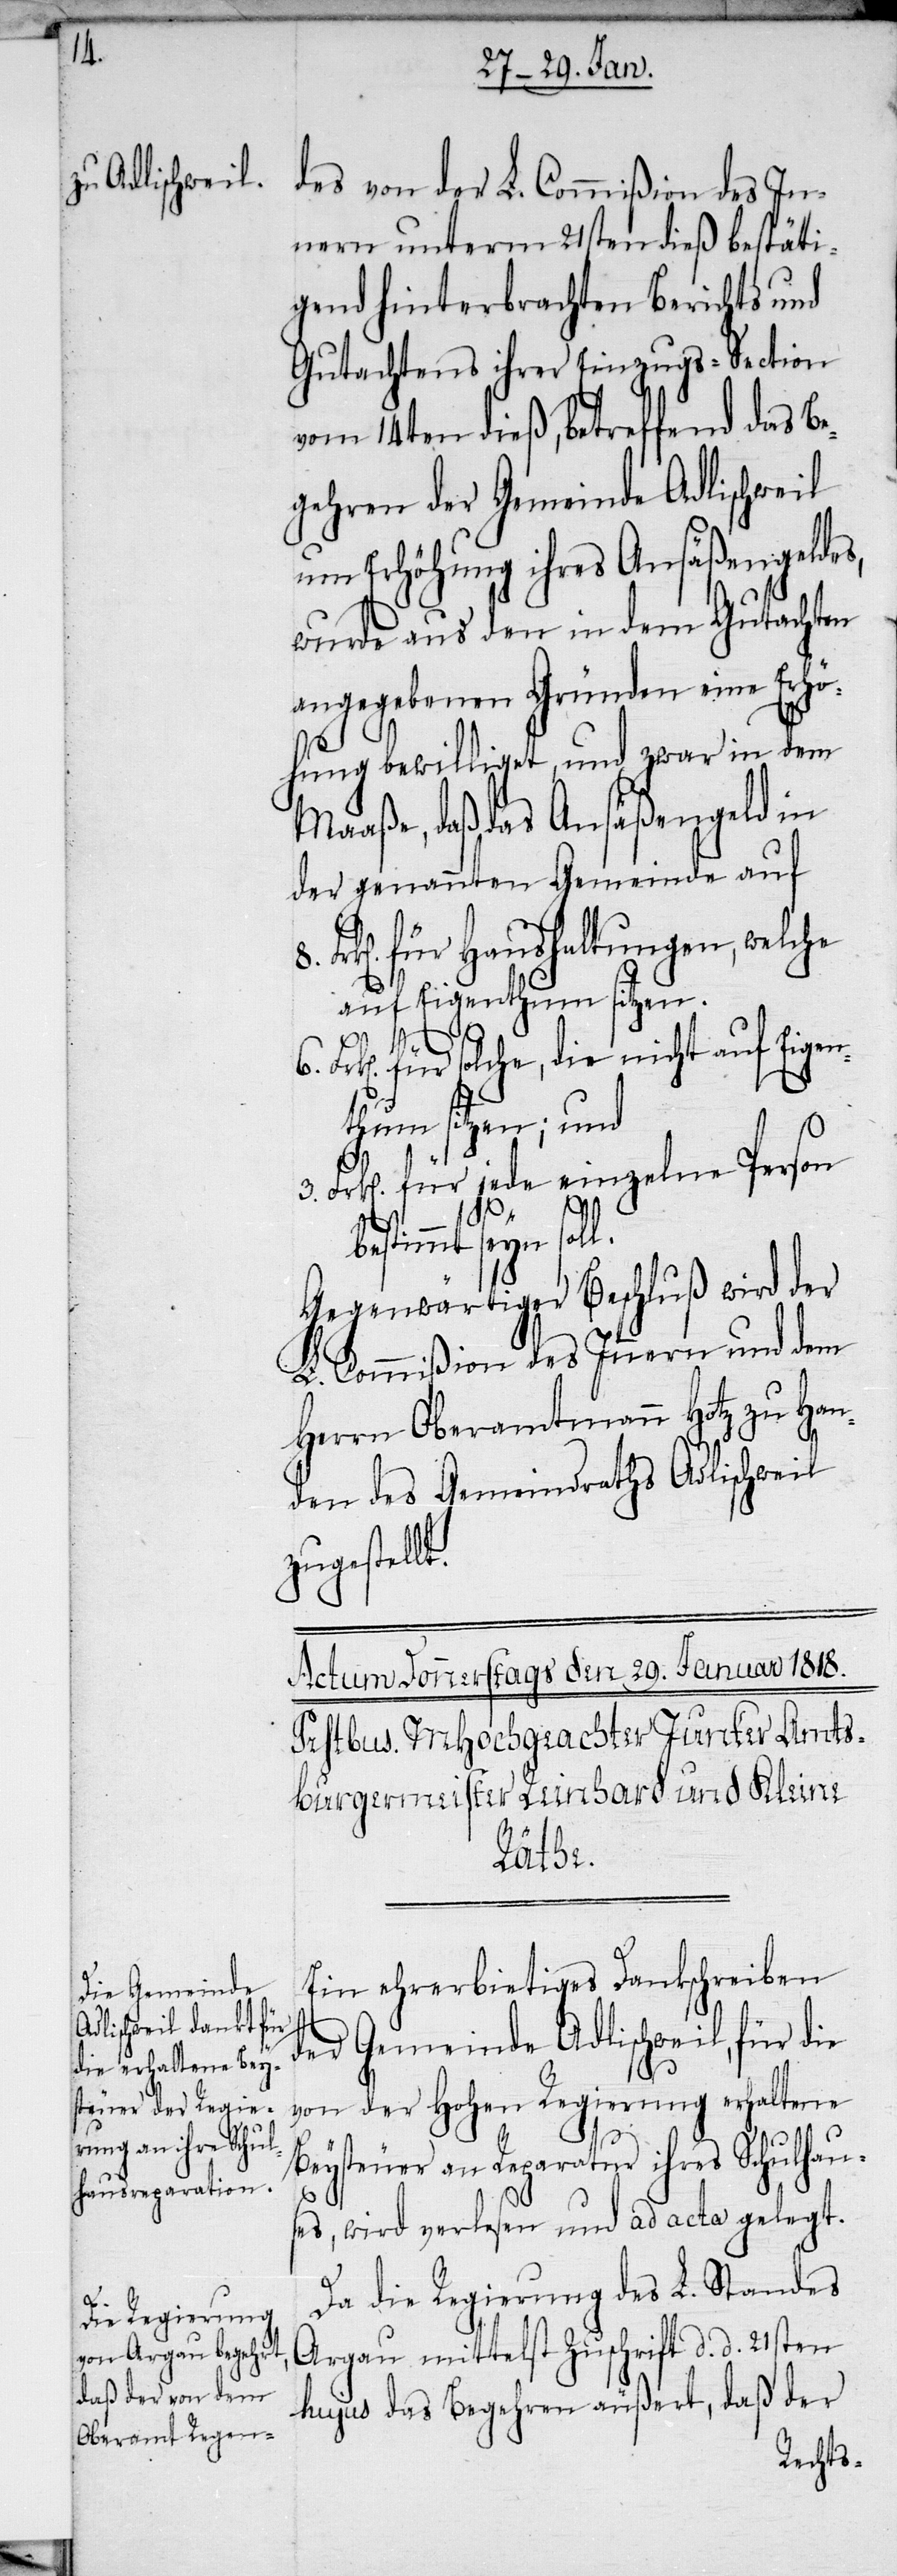
des von der L. Commißion des In¬
nern unterm 21sten dieß bestäti¬
gend hinterbrachten Berichts und
Gutachtens ihrer Einzugs-Section
vom 14ten dieß, betreffend das Be¬
gehren der Gemeinde Adlischweil
um Erhöhung ihres Ansäßengeldes,
wurde aus den in dem Gutachten
angegebenen Gründen eine Erhö¬
hung bewilliget, und zwar in dem
Maaße, daß das Ansäßengeld in
der genannten Gemeinde auf
für Haushaltungen, welche
auf Eigenthum sitzen.
für solche, die nicht auf Eige¬
nthum sitzen; und
Frk[en]. für jede einzelne Person
bestimmt seyn s¬
Gegenwärtiger Beschluß wird der
L. Commißion des Innern und dem
Herrn Oberamtmann Hotz zu Han¬
den des Gemeindraths Adlischweil
zugestellt.
oll.
Ein ehrerbietiges Dankschreiben
der Gemeinde Adlischweil, für die
von der hohen Regierung erhaltene
Beysteuer an Reparatur ihres Schulhau¬
ses, wird verlesen und ad acta gelegt.
Da die Regierung des L. Standes
Argau mittelst Zuschrift d. d. 21sten
hujus das Begehren äußert, daß der